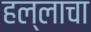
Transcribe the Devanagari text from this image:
हल्लाचा